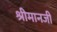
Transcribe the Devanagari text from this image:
श्रीमानजी